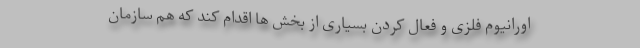
اورانیوم فلزی و فعال کردن بسیاری از بخش ها اقدام کند که هم سازمان